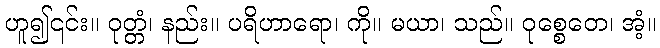
ဟူ၍၎င်း။ ဝုတ္တံ၊ နည်း။ ပရိဟာရော၊ ကို။ မယာ၊ သည်။ ဝုစ္စေတေ၊ အံ့။